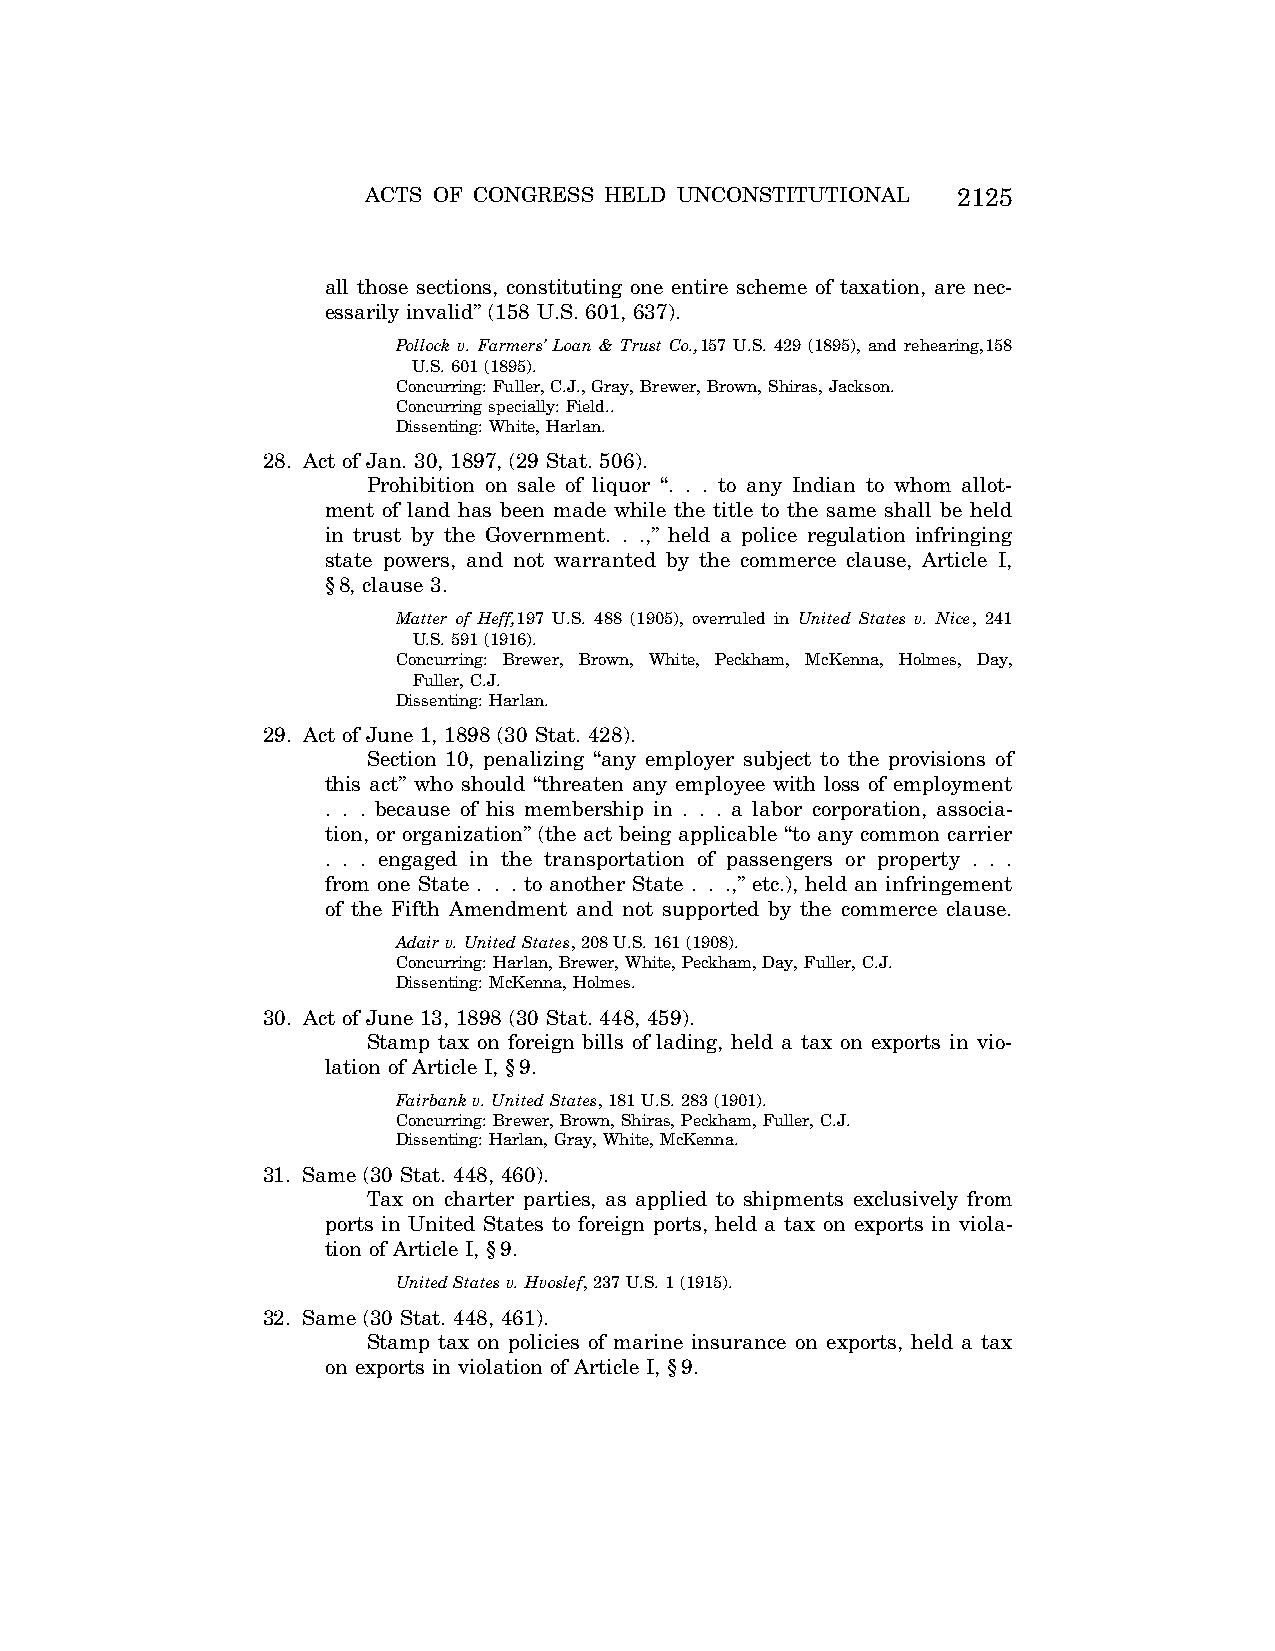
ACTS OF CONGRESS HELD UNCONSTITUTIONAL 2125
 all those sections, constituting one entire scheme of taxation, are nec-
 essarily invalid’’ (158 U.S. 601, 637).
 Pollock v. Farmers’ Loan & Trust Co.,157 U.S. 429 (1895), and rehearing,158
 U.S. 601 (1895).
 Concurring: Fuller, C.J., Gray, Brewer, Brown, Shiras, Jackson.
 Concurring specially: Field..
 Dissenting: White, Harlan.
 28. Act of Jan. 30, 1897, (29 Stat. 506).
 Prohibition on sale of liquor ‘‘. . . to any Indian to whom allot-
 ment of land has been made while the title to the same shall be held
 in trust by the Government. . .,’’ held a police regulation infringing
 state powers, and not warranted by the commerce clause, Article I,
 §8, clause 3.
 Matter of Heff,197 U.S. 488 (1905), overruled in United States v. Nice, 241
 U.S. 591 (1916).
 Concurring: Brewer, Brown, White, Peckham, McKenna, Holmes, Day,
 Fuller, C.J.
 Dissenting: Harlan.
 29. Act of June 1, 1898 (30 Stat. 428).
 Section 10, penalizing ‘‘any employer subject to the provisions of
 this act’’ who should ‘‘threaten any employee with loss of employment
 . . . because of his membership in . . . a labor corporation, associa-
 tion, or organization’’ (the act being applicable ‘‘to any common carrier
 . . . engaged in the transportation of passengers or property . . .
 from one State . . . to another State . . .,’’ etc.), held an infringement
 of the Fifth Amendment and not supported by the commerce clause.
 Adair v. United States, 208 U.S. 161 (1908).
 Concurring: Harlan, Brewer, White, Peckham, Day, Fuller, C.J.
 Dissenting: McKenna, Holmes.
 30. Act of June 13, 1898 (30 Stat. 448, 459).
 Stamp tax on foreign bills of lading, held a tax on exports in vio-
 lation of Article I, §9.
 Fairbank v. United States, 181 U.S. 283 (1901).
 Concurring: Brewer, Brown, Shiras, Peckham, Fuller, C.J.
 Dissenting: Harlan, Gray, White, McKenna.
 31. Same (30 Stat. 448, 460).
 Tax on charter parties, as applied to shipments exclusively from
 ports in United States to foreign ports, held a tax on exports in viola-
 tion of Article I, §9.
 United States v. Hvoslef, 237 U.S. 1 (1915).
 32. Same (30 Stat. 448, 461).
 Stamp tax on policies of marine insurance on exports, held a tax
 on exports in violation of Article I, §9.
 VerDate Aug<04>2004 08:43 Sep 15, 2004 Jkt 077500 PO 00000 Frm 00009 Fmt 8222 Sfmt 8222 C:\CONAN\CON063.SGM PRFM99 PsN: CON063